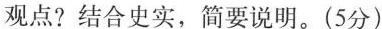
观点?结合史实，简要说明。(5分)